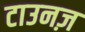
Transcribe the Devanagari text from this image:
टाउनज़